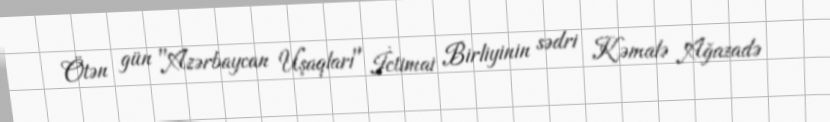
Ötən gün "Azərbaycan Uşaqları" İctimai Birliyinin sədri Kəmalə Ağazadə